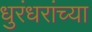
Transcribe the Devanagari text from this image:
धुरंधरांच्या